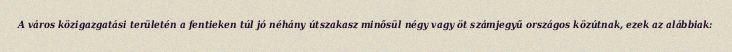
A város közigazgatási területén a fentieken túl jó néhány útszakasz minősül négy vagy öt számjegyű országos közútnak, ezek az alábbiak: